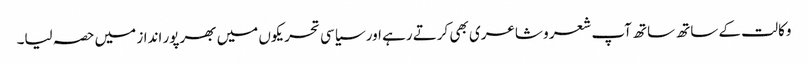
وکالت کے ساتھ ساتھ آپ شعر و شاعری بھی کرتے رہے اور سیاسی تحریکوں میں بھرپور انداز میں حصہ لیا۔